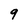
Character: 9